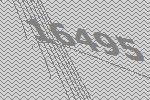
16495